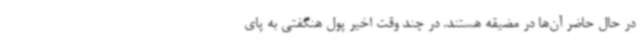
در حال حاضر آن‌ها در مضیقه هستند. در چند وقت اخیر پول هنگفتی به پای